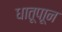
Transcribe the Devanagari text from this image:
धातूपाून